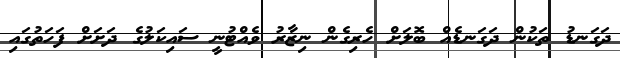
ދަގަނޑު ތަކުން ދަގަނޑެއް ބޮލަށް ހެރިގެން ނިޒާރު ވެއްޓުނީ ސައިކަލުގެ ދަށަށް ފަހަތުގައި